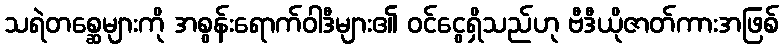
သရဲတစ္ဆေများကို အစွန်းရောက်ဝါဒီများ၏ ဝင်ငွေရှိသည်ဟု ဗီဒီယိုဇာတ်ကားအဖြစ်